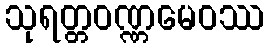
သုရတ္တဝဏ္ဏမေဝဿ